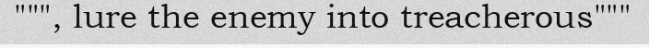
""", lure the enemy into treacherous"""